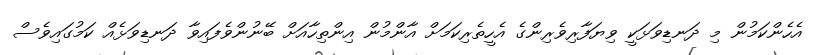
އެހެންކަމުން މި ދަނޑިވަޅަކީ ވިޔަފާރިވެރިންގެ އެހީތެރިކަމަށް އާންމުން އިންތިހާއަށް ބޭނުންވެފައިވާ ދަނޑިވަޅެއް ކަމުގައިވެސް